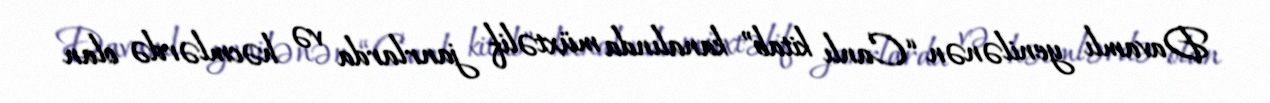
Davamlı yenilənən “Canlı kitab” kanalında müxtəlif janrlarda və həcmlərdə olan